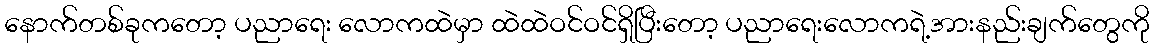
နောက်တစ်ခုကတော့ ပညာရေး လောကထဲမှာ ထဲထဲဝင်ဝင်ရှိပြီးတော့ ပညာရေးလောကရဲ့အားနည်းချက်တွေကို